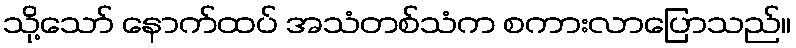
သို့သော် နောက်ထပ် အသံတစ်သံက စကားလာပြောသည်။